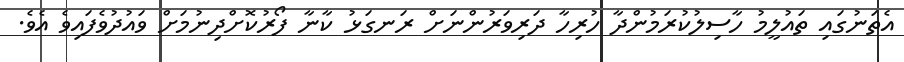
އެތަނުގައި ތައުލީމު ހާސިލުކުރަމުންދާ ހުރިހާ ދަރިވަރުންނަށް ރަނގަޅު ކާނާ ފޯރުކޮށްދިނުމަށް ވައުދުވެފައިވެ އެވެ.